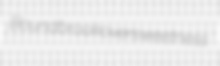
Boundbrook oversweetness